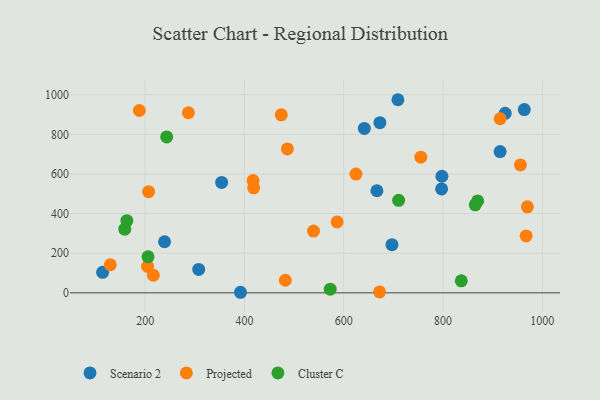
{"axis": {"x": "Price", "y": "Yield"}, "legend": ["Cluster C", "Projected", "Scenario 2"], "data": [{"x": "307.9", "y": 118.2, "type": "Scenario 2"}, {"x": "392.0", "y": 2.8, "type": "Scenario 2"}, {"x": "797.1", "y": 524.5, "type": "Scenario 2"}, {"x": "114.4", "y": 103.5, "type": "Scenario 2"}, {"x": "666.8", "y": 515.3, "type": "Scenario 2"}, {"x": "239.1", "y": 257.7, "type": "Scenario 2"}, {"x": "641.4", "y": 829.6, "type": "Scenario 2"}, {"x": "354.1", "y": 557.3, "type": "Scenario 2"}, {"x": "914.9", "y": 712.9, "type": "Scenario 2"}, {"x": "697.1", "y": 243.2, "type": "Scenario 2"}, {"x": "925.2", "y": 906.0, "type": "Scenario 2"}, {"x": "797.7", "y": 588.5, "type": "Scenario 2"}, {"x": "963.6", "y": 925.2, "type": "Scenario 2"}, {"x": "709.1", "y": 974.7, "type": "Scenario 2"}, {"x": "672.8", "y": 858.9, "type": "Scenario 2"}, {"x": "207.0", "y": 510.7, "type": "Projected"}, {"x": "624.5", "y": 599.2, "type": "Projected"}, {"x": "418.5", "y": 530.0, "type": "Projected"}, {"x": "969.8", "y": 433.9, "type": "Projected"}, {"x": "188.3", "y": 920.2, "type": "Projected"}, {"x": "482.3", "y": 63.4, "type": "Projected"}, {"x": "586.6", "y": 357.7, "type": "Projected"}, {"x": "216.6", "y": 88.8, "type": "Projected"}, {"x": "129.9", "y": 141.7, "type": "Projected"}, {"x": "672.1", "y": 4.6, "type": "Projected"}, {"x": "287.1", "y": 908.9, "type": "Projected"}, {"x": "967.3", "y": 287.2, "type": "Projected"}, {"x": "539.1", "y": 311.8, "type": "Projected"}, {"x": "486.5", "y": 726.5, "type": "Projected"}, {"x": "417.4", "y": 566.6, "type": "Projected"}, {"x": "914.9", "y": 878.6, "type": "Projected"}, {"x": "755.3", "y": 684.6, "type": "Projected"}, {"x": "955.8", "y": 645.6, "type": "Projected"}, {"x": "204.9", "y": 133.4, "type": "Projected"}, {"x": "474.2", "y": 898.5, "type": "Projected"}, {"x": "163.2", "y": 364.2, "type": "Cluster C"}, {"x": "205.9", "y": 181.7, "type": "Cluster C"}, {"x": "836.7", "y": 60.8, "type": "Cluster C"}, {"x": "159.0", "y": 321.4, "type": "Cluster C"}, {"x": "243.4", "y": 787.0, "type": "Cluster C"}, {"x": "572.8", "y": 18.6, "type": "Cluster C"}, {"x": "869.7", "y": 463.7, "type": "Cluster C"}, {"x": "864.8", "y": 444.0, "type": "Cluster C"}, {"x": "710.5", "y": 467.0, "type": "Cluster C"}]}